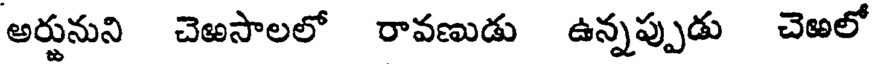
అర్జునుని చెఱసాలలో రావణుడు ఉన్నప్పుడు చెఱలో